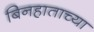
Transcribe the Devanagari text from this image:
बिनहाताच्या